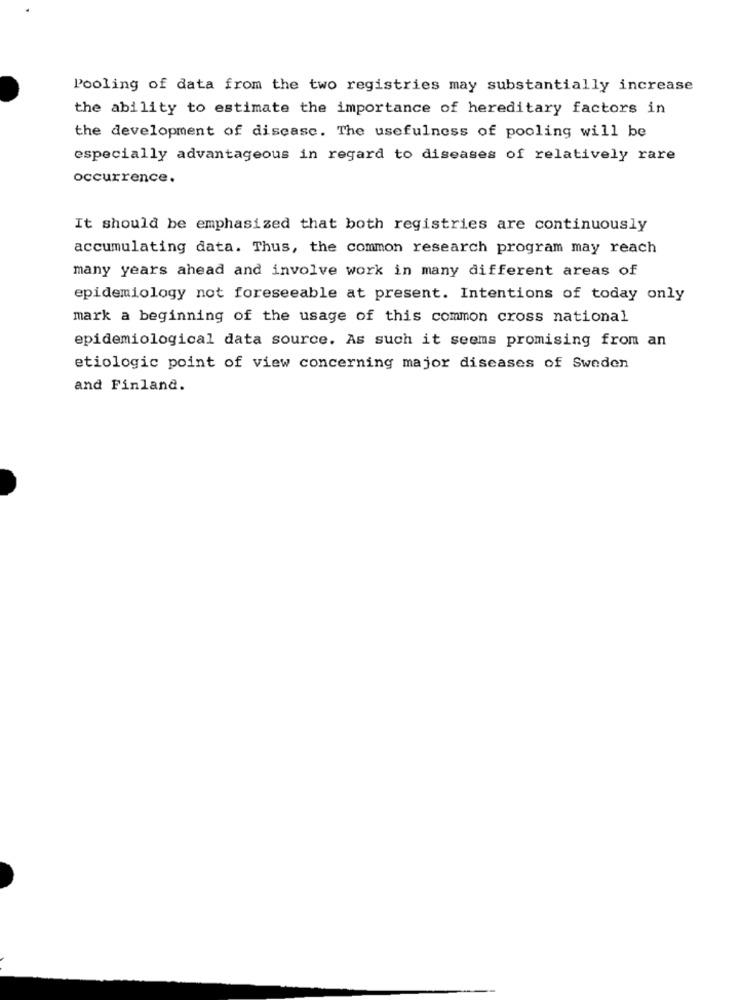
Pooling of data from the two registries may substantially increase
the ability to estimate the importance of hereditary factors in
the development of disease. The usefulness of pooling will be
especially advantageous in regard to diseases of relatively rare
occurrence.
It should be emphasized that both registries are continuously
accumulating data. Thus, the common research program may reach
many years ahead and involve work in many different areas of
epidemiology not foreseeable at present. Intentions of today only
mark a beginning of the usage of this common cross national
epidemiological data source. As such it seems promising from an
etiologic point of view concerning major diseases of Sweden
and Finland.